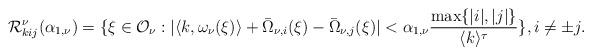
LaTeX: \begin{align*}\mathcal{R}^{\nu}_{kij}(\alpha_{1,\nu})=\{\xi\in\mathcal{O}_{\nu}:|\langle k,\omega_{\nu}(\xi)\rangle+ \bar{\Omega}_{\nu,i}(\xi)-\bar{\Omega}_{\nu,j}(\xi)|<\alpha_{1,\nu}\frac{\max\{|i|,|j|\}}{\langle k\rangle^{\tau}}\},i\neq \pm j.\end{align*}